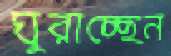
ঘুরাচ্ছেন